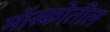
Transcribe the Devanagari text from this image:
मॉस्कोतील